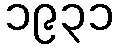
၁၉၃၁